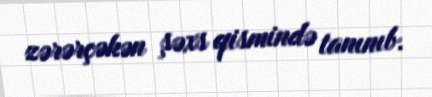
zərərçəkən şəxs qismində tanınıb.